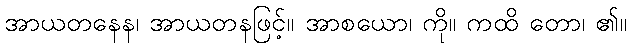
အာယတနေန၊ အာယတနဖြင့်။ အာစယော၊ ကို။ ကထိ တော၊ ၏။